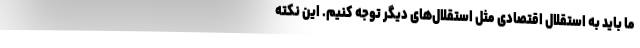
ما باید به استقلال اقتصادی‌ مثل استقلال‌های دیگر توجه کنیم. این نکته